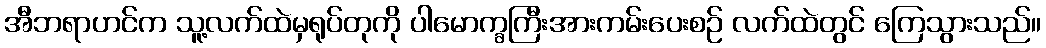
အီဘရာဟင်က သူ့လက်ထဲမှရုပ်တုကို ပါမောက္ခကြီးအားကမ်းပေးစဉ် လက်ထဲတွင် ကြေသွားသည်။